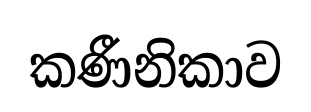
කණීනිකාව